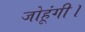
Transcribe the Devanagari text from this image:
जोहूंगी।